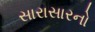
સારાસારનો